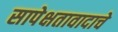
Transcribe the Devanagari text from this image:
सापेक्षतावादाचे